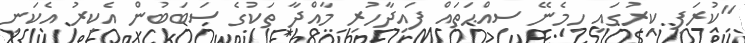
"ކުރަފި ކިރުގައި ހިމެނޭ ސިއްޙަތައް ފައިދާހުރި މާއްދާ ތަކުގެ ސަބަބުން އެކިރު އެކަނި